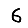
Digit: 6